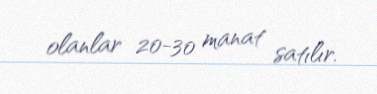
olanlar 20-30 manat satılır.